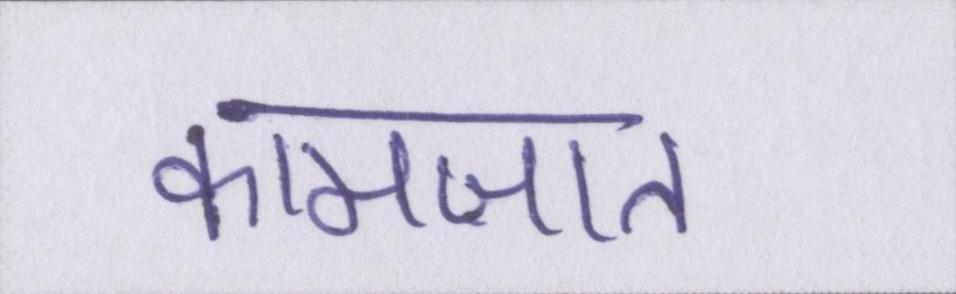
कामज़ात